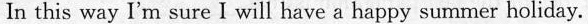
In this way I'm sure I will have a happy summer holiday.